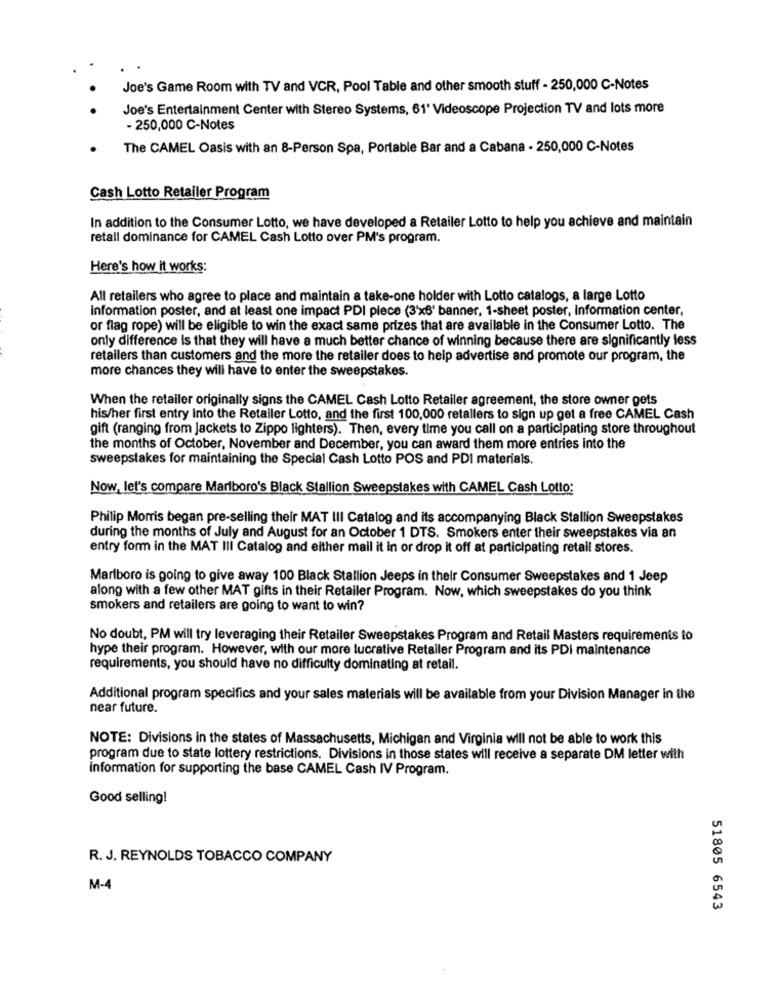
Joe's Game Room with TV and VCR, Pool Table and other smooth stuff - 250,000 C-Notes
Joe's Entertainment Center with Stereo Systems, 61' Videoscope Projection TV and lots more
- 250,000 C-Notes
The CAMEL Oasis with an 8-Person Spa, Portable Bar and a Cabana - 250,000 C-Notes
Cash Lotto Retailer Program
In addition to the Consumer Lotto, we have developed a Retailer Lotto to help you achieve and maintain
retali dominance for CAMEL Cash Lotto over PM's program.
Here's how it works:
All retailers who agree to place and maintain a take-one holder with Lotto catalogs, a large Lotto
information poster, and at least one impact PDI piece (3'x6' banner, 1-sheet poster, information center,
or fiag rope) will be eligible to win the exact same prizes that are available in the Consumer Lotto. The
only difference is that they will have a much better chance of winning because there are significantly less
retailers than customers and the more the retailer does to help advertise and promote our program, the
more chances they will have to enter the sweepstakes.
When the retailer originally signs the CAMEL Cash Lotto Retailer agreement, the store owner gets
his/her first entry Into the Retailer Lotto, and the first 100,000 retallers to sign up get a free CAMEL Cash
gift (ranging from Jackets to Zippo lighters). Then, every time you call on a participating store throughout
the months of October, November and December, you can award them more entries into the
sweepstakes for maintaining the Special Cash Lotto POS and PDI materials.
Now, let's compare Marlboro's Black Stallion Sweepstakes with CAMEL Cash Lotto:
Philip Morris began pre-selling their MAT III Catalog and its accompanying Black Stallion Sweepstakes
during the months of July and August for an October 1 DTS. Smokers enter their sweepstakes via an
entry form in the MAT III Catalog and either mail it in or drop it off at participating retail stores.
Marlboro is going to give away 100 Black Stallion Jeeps in their Consumer Sweepstakes and 1 Jeep
along with a few other MAT gifts in their Retailer Program. Now, which sweepstakes do you think
smokers and retailers are going to want to win?
No doubt, PM will try leveraging their Retailer Sweepstakes Program and Retail Masters requirements to
hype their program. However, with our more lucrative Retailer Program and its PDI maintenance
requirements, you should have no difficulty dominating at retail.
Additional program specifics and your sales materials will be available from your Division Manager in the
near future.
NOTE: Divisions in the states of Massachusetts, Michigan and Virginia will not be able to work this
program due to state lottery restrictions. Divisions in those states will receive a separate DM letter with
information for supporting the base CAMEL Cash IV Program.
Good selling!
R. J. REYNOLDS TOBACCO COMPANY
M-4
51805 6543